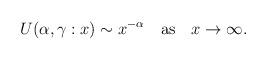
LaTeX: \begin{align*}U(\alpha,\gamma:x) \sim x^{-\alpha} \quad \mbox{as} \quad x \to \infty. \end{align*}